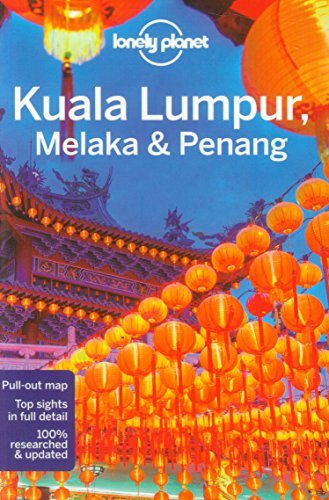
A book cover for By Lonely Planet Lonely Planet Kuala Lumpur, Melaka & Penang (Travel Guide) (3rd Edition); Travel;